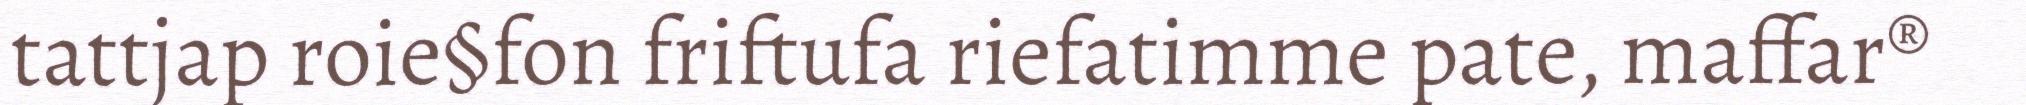
tattjap roie§fon friftufa riefatimme pate, maffar®